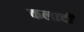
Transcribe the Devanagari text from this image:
कलादी